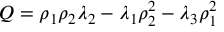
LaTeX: { \cal Q } = \rho _ { 1 } \rho _ { 2 } \lambda _ { 2 } - \lambda _ { 1 } \rho _ { 2 } ^ { 2 } - \lambda _ { 3 } \rho _ { 1 } ^ { 2 }